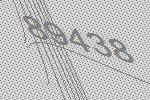
89438